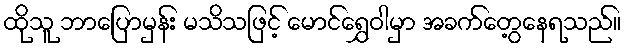
ထိုသူ ဘာပြောမှန်း မသိသဖြင့် မောင်ရွှေဝါမှာ အခက်တွေ့နေရသည်။